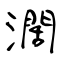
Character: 濶